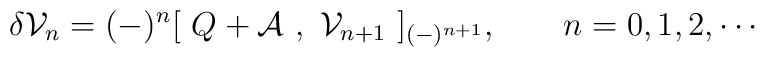
\delta {\cal{V}}_n  =              (-)^n [ \ Q + {\cal{A}} \ , \ {\cal{V}}_{n+1} \ ]_{(-)^{n+1}},                            \qquad  n = 0,1,2,\cdots